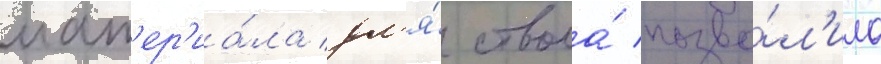
мат'ер'иа́ла дл'я́ ствола́ позво́л'ило